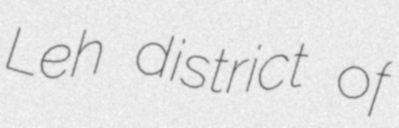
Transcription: Leh district of